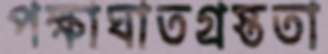
পক্ষাঘাতগ্রস্ততা